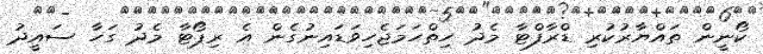
ކޯނީން ތައްޔާރުކުރި ޑްރާފްޓާ މެދު ހިތްހަމަޖެހިވަޑައިނުގެން އެ ރިޕޯޓާ މެދު ގަހާ ސައީދު